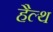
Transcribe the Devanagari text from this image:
हैल्‍थ